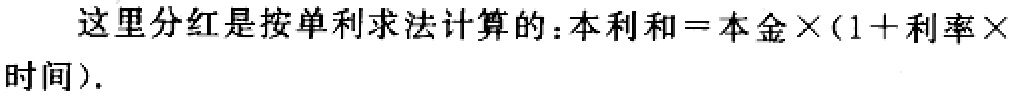
这里分红是按单利求法计算的：本利和 = 本金×(1 + 利率×时间)．